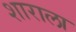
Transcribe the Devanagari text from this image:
शाराला